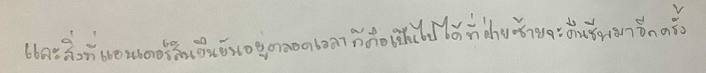
และสิ่งที่แอนเดอร์สันยืนยันอยู่ตลอดเวลาก็คือเป็นไปได้ที่ฝ่ายซ้ายจะคืนชีพมาอีกครั้ง